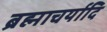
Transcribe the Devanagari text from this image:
ब्रह्माचर्यादि